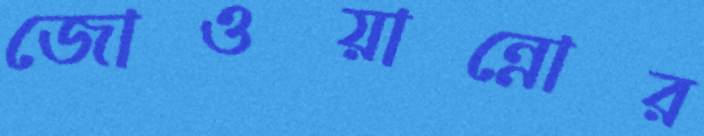
জোওয়ান্নোর